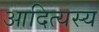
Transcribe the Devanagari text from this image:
आदित्यस्य